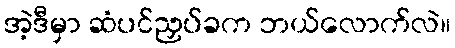
အဲ့ဒီမှာ ဆံပင်ညှပ်ခက ဘယ်လောက်လဲ။